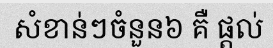
សំខាន់ៗចំនួន៦ គឺ ផ្តល់